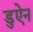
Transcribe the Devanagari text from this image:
डुऐन